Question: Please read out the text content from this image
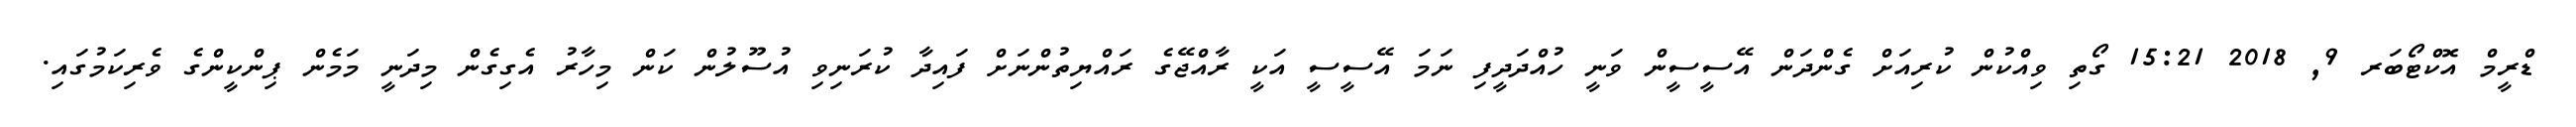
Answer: ޑްރީމް އޮކްޓޯބަރ 9, 2018 15:21 ގޯތި ވިއްކުން ކުރިއަށް ގެންދަން އޭސީސީން ވަނީ ހުއްދަދީފި ނަމަ އޭސީސީ އަކީ ރާއްޖޭގެ ރައްޔިތުންނަށް ފައިދާ ކުރަނިވި އުސޫލުން ކަން މިހާރު އެގިގެން މިދަނީ މަމެން ޕިންކީންގެ ވެރިކަމުގައި.